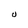
Character: U